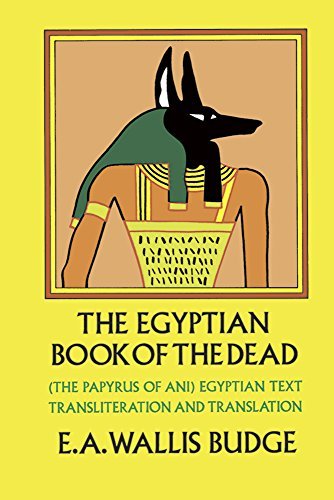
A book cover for By E. A. Wallis Budge The Egyptian Book of the Dead: The Papyrus of Ani in the British Museum (Modern Reprint); Religion & Spirituality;